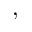
,